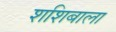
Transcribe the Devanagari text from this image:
शशिबाला